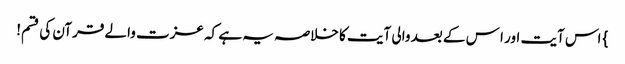
} اس آیت اور ا س کے بعد والی آیت کا خلاصہ یہ ہے کہ عزت والے قرآن کی قسم!